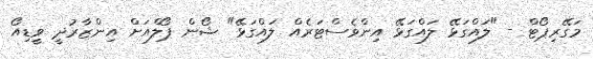
މަގޭރިޕޯޓް - "ލައްގަޅޭ ލައްގަޅޭ އިންވެސްޓަރެއް ލައްގަޅޭ" ޝޯން ޕޯލްއަށް އިންޒާރުދީ ވީޑިއޯ